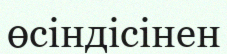
өсіндісінен